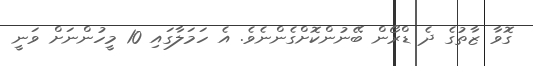
ގޮވާ ޒާތުގެ ދެ ޑްރޯން ބޭނުންކޮށްގެންނެވެ. އެ ހަމަލާގައި 10 މީހުންނަށް ވަނީ